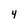
Character: 4